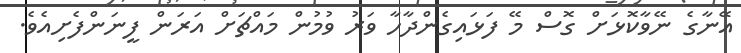
އޭނާގެ ނޭވާކޮޅަށް ގޮސް މޭ ފަޅައިގެންދާހާ ވަރު ވުމުން މައްޗަށް އަރަން ފީނަންފެށިއެވެ.